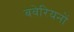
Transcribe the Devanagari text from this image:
बवेरियनों